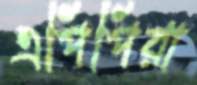
এপিপিরা